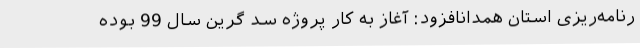
رنامه‌ریزی استان همدانافزود: آغاز به کار پروژه سد گرین سال 99 بوده